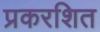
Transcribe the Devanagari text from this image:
प्रकरशित